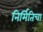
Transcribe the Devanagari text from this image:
निर्मितिचा